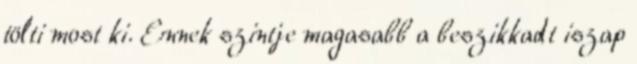
tölti most ki. Ennek szintje magasabb a beszikkadt iszap